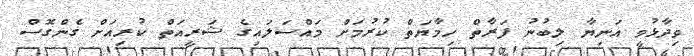
ވިދާޅުވީ އަނިޔާ ލިބުނު ފަރާތް ހިމާޔަތް ކުރުމަށް މައްސަލައިގެ ޝަރީއަތް ކުރިއަށް ގެންގޮސް